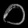
Digit: ၀